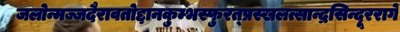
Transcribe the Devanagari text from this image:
जलोन्मज्जदैरावतोद्दानकुम्भस्फुरत्प्रस्खलत्सान्द्रसिन्दूररागे